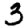
Digit: 3